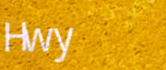
Hwy